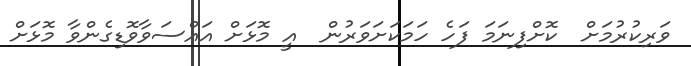
ވަރިކުރުމަށް  ކޮށްފިނަމަ ފަހެ ހަމަކަށަވަރުން  އީ މޮޅަށް އައްސަވާވޮޑިގެންވާ މޮޅަށް